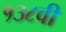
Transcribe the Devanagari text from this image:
१३८वी